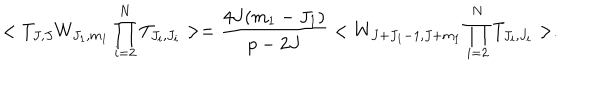
LaTeX: < T _ { J , J } W _ { J _ { 1 } , m _ { 1 } } \prod _ { i = 2 } ^ { N } T _ { J _ { i } , J _ { i } } > = \frac { 4 J ( m _ { 1 } - J _ { 1 } ) } { p - 2 J } < W _ { J + J _ { 1 } - 1 , J + m _ { 1 } } \prod _ { i = 2 } ^ { N } T _ { J _ { i } , J _ { i } } > .